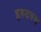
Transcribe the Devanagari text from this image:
इरुदयम